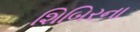
શિબિરના